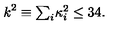
k ^ { 2 } \equiv \textstyle { \sum _ { i } } \kappa _ { i } ^ { 2 } \leq 3 4 .